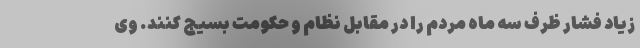
زیاد فشار ظرف سه ماه مردم را در مقابل نظام و حکومت بسیج کنند. وی